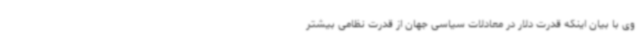
وی با بیان اینکه قدرت دلار در معادلات سیاسی جهان از قدرت نظامی بیشتر